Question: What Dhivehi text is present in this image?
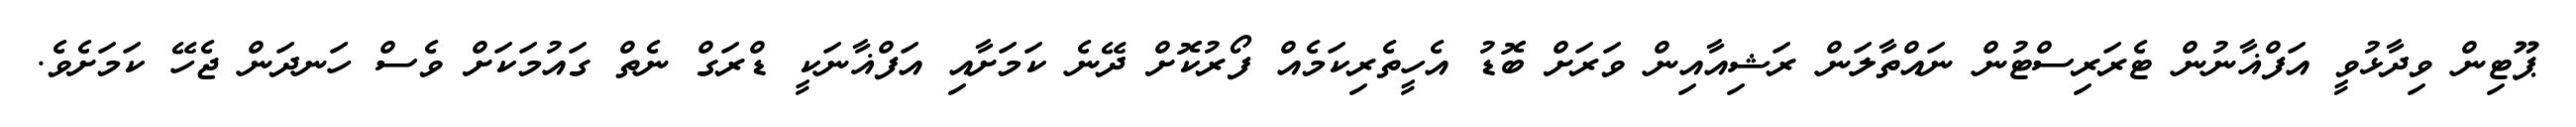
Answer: ޕޫޓިން ވިދާޅުވީ އަފްޣާނުން ޓެރަރިސްޓުން ނައްތާލަން ރަޝިއާއިން ވަރަށް ބޮޑު އެހީތެރިކަމެއް ފޯރުކޮށް ދޭނެ ކަމަށާއި އަފްޣާނަކީ ޑްރަގް ނެތް ގައުމަކަށް ވެސް ހަނދަން ޖެހޭ ކަމަށެވެ.